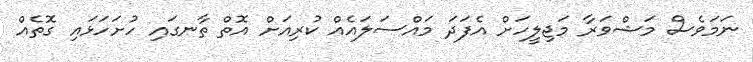
ނަމަވެސް މަޝްވަރާ މަޖިލީހަށް އެފަދަ މައްސަލައެއް ކުރިއަށް އޮތް ތާނގައި ހުށަހަޅައި ގޮތެއް